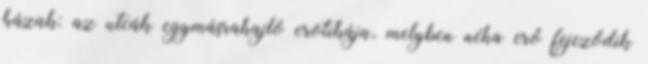
házak: az utcák egymásrahajló erotikája, melyben néha erő fejeződik